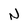
Character: N